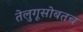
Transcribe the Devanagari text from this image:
तेलुगूसोबतच